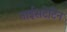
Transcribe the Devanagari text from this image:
नाईसटेटिन